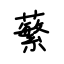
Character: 蘩